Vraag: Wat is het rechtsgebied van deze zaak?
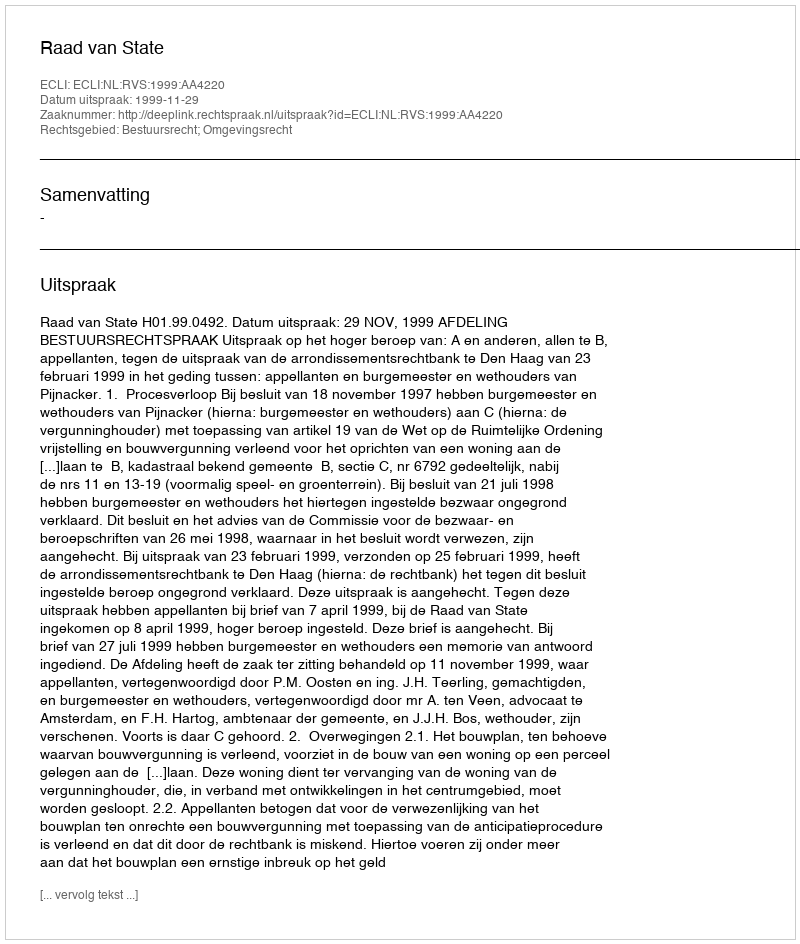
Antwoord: Bestuursrecht; Omgevingsrecht